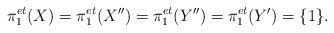
LaTeX: \begin{align*}\pi_1^{et}(X)=\pi_1^{et}(X^{\prime\prime})=\pi_1^{et}(Y^{\prime\prime})=\pi_1^{et}(Y^{\prime})=\{1\}.\end{align*}